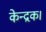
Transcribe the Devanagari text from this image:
केन्द्रक।